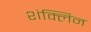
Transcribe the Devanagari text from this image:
शंक्लिन